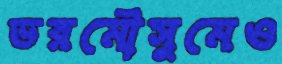
ভরমৌসুমেও